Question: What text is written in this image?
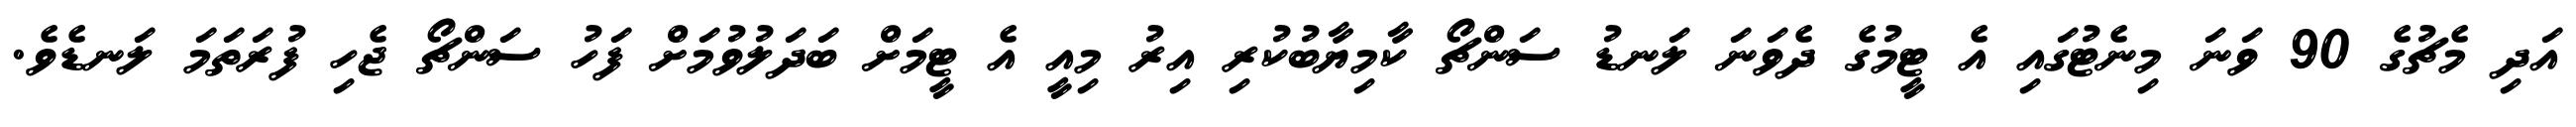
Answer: އަދި މެޗުގެ 90 ވަނަ މިނެޓުގައި އެ ޓީމުގެ ދެވަނަ ލަނޑު ސަންޗޯ ކާމިޔާބުކުރި އިރު މިއީ އެ ޓީމަށް ބަދަލުވުމަށް ފަހު ސަންޗޯ ޖެހި ފުރަތަމަ ލަނޑެވެ.